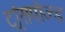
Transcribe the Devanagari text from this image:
ट्रांसपोज्ड